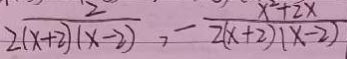
\frac { 2 } { 2 ( x + 2 ) ( x - 2 ) } , - \frac { x ^ { 2 } + 2 x } { 2 ( x + 2 ) ( x - 2 ) }